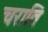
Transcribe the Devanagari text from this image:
चराति